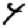
Digit: 4